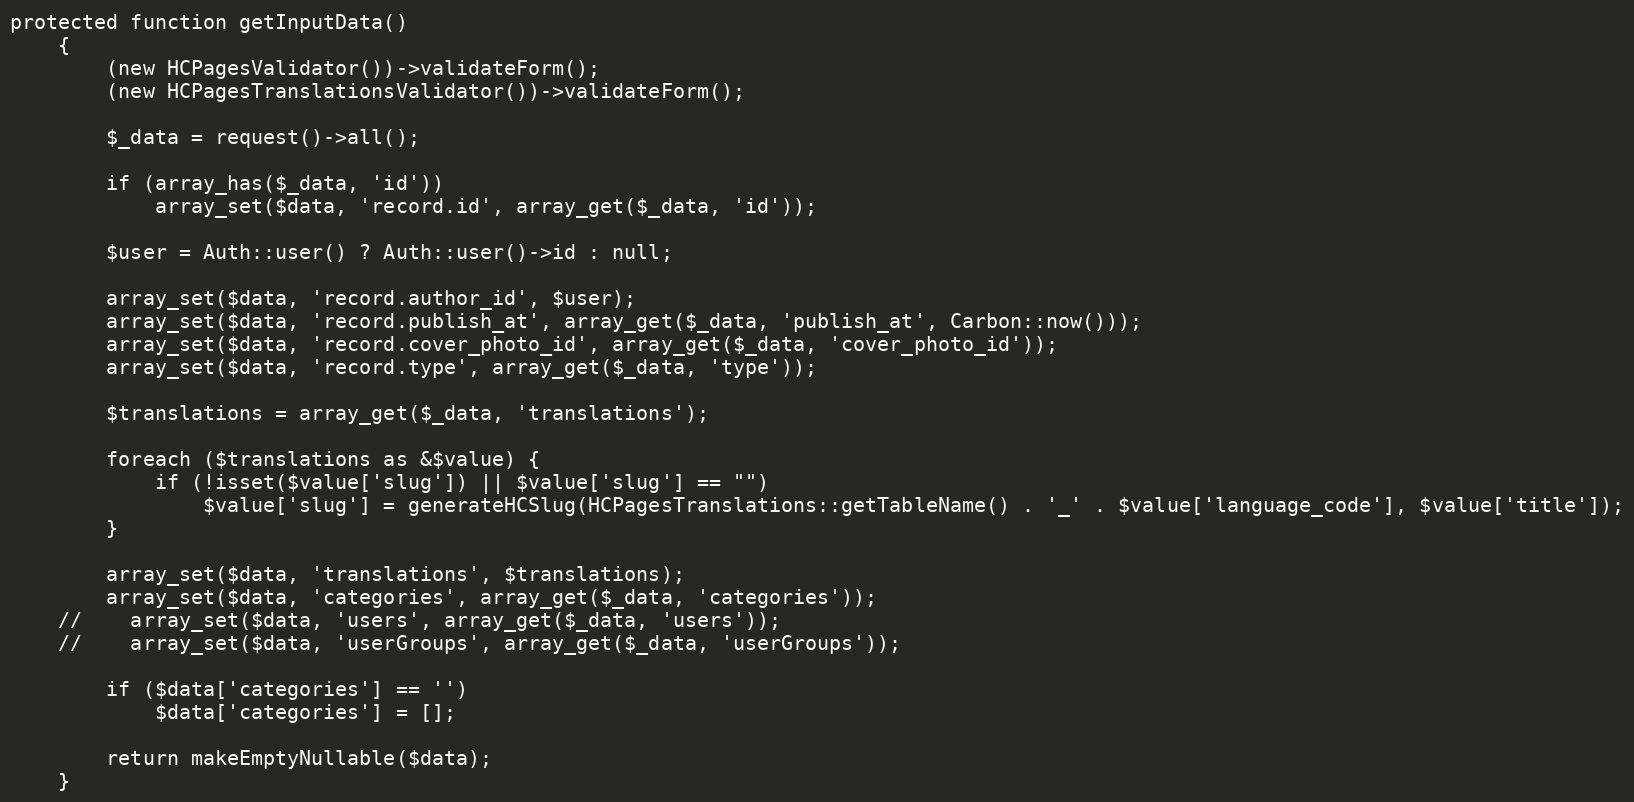
Language: PHP
protected function getInputData()
    {
        (new HCPagesValidator())->validateForm();
        (new HCPagesTranslationsValidator())->validateForm();

        $_data = request()->all();

        if (array_has($_data, 'id'))
            array_set($data, 'record.id', array_get($_data, 'id'));

        $user = Auth::user() ? Auth::user()->id : null;

        array_set($data, 'record.author_id', $user);
        array_set($data, 'record.publish_at', array_get($_data, 'publish_at', Carbon::now()));
        array_set($data, 'record.cover_photo_id', array_get($_data, 'cover_photo_id'));
        array_set($data, 'record.type', array_get($_data, 'type'));

        $translations = array_get($_data, 'translations');

        foreach ($translations as &$value) {
            if (!isset($value['slug']) || $value['slug'] == "")
                $value['slug'] = generateHCSlug(HCPagesTranslations::getTableName() . '_' . $value['language_code'], $value['title']);
        }

        array_set($data, 'translations', $translations);
        array_set($data, 'categories', array_get($_data, 'categories'));
    //    array_set($data, 'users', array_get($_data, 'users'));
    //    array_set($data, 'userGroups', array_get($_data, 'userGroups'));

        if ($data['categories'] == '')
            $data['categories'] = [];

        return makeEmptyNullable($data);
    }